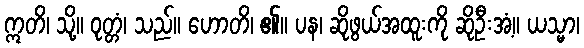
ဣတိ၊ သို့။ ဝုတ္တံ၊ သည်။ ဟောတိ၊ ၏။ ပန၊ ဆိုဖွယ်အထူးကို ဆိုဦးအံ့။ ယသ္မာ၊